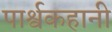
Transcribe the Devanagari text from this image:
पार्श्वकहानी